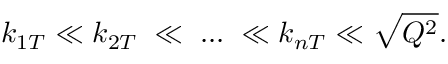
k _ { 1 T } \ll k _ { 2 T } \; \ll \; . . . \; \ll k _ { n T } \ll \sqrt { Q ^ { 2 } } .